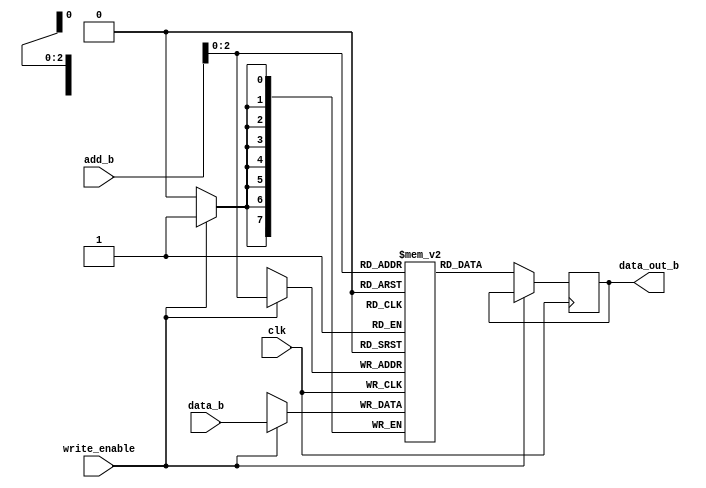
module memB(
	input clk,
	input write_enable,
	input [7:0] data_b,
	input [7:0] add_b,
	output reg [7:0] data_out_b
);

reg [7:0] mem [7:0];

always@(posedge clk) begin

	if(write_enable==1'b1) begin
	
		mem[add_b]<=data_b;
		$display("the data is written on B %t  %d",$time,mem[add_b]);
	
	end

	else if(write_enable==1'b0) begin
	
		data_out_b<=mem[add_b];
	
	
	end

	




end



endmodule